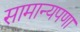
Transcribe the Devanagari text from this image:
सामान्यपणा